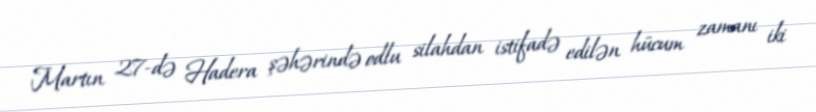
Martın 27-də Hadera şəhərində odlu silahdan istifadə edilən hücum zamanı iki